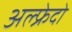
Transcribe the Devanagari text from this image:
अल्फ्रेदो